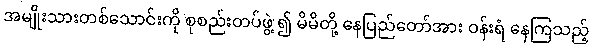
အမျိုးသားတစ်သောင်းကို စုစည်းတပ်ဖွဲ့ ၍ မိမိတို့ နေပြည်တော်အား ဝန်းရံ နေကြသည့်